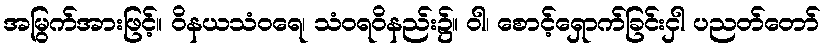
အမြွက်အားဖြင့်။ ဝိနယသံဝရေ၊ သံဝရဝိနည်း၌။ ဝါ၊ စောင့်ရှောက်ခြင်းငှါ ပညတ်တော်